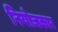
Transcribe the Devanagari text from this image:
नियोजकार